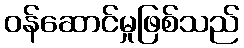
ဝန်ဆောင်မှုဖြစ်သည်